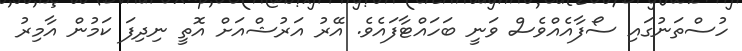
ހުސްތަނުގައި ސޯފާއެއްވެސް ވަނީ ބަހައްޓާފައެވެ. އޭރު އަރުޝްއަށް އޮތީ ނިދިފަ ކަމުން އާމިރު